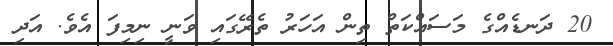
20 ދަނޑެއްގެ މަސައްކަތް ތިން އަހަރު ތެރޭގައި ވަނީ ނިމިފަ އެވެ. އަދި